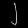
Digit: ၂